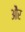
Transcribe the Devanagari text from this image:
ओेैर